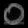
Digit: ၀